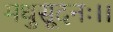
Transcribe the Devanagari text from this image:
मधुसूदनः।।